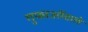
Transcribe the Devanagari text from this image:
गुफाओंवाले